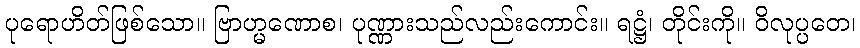
ပုရောဟိတ်ဖြစ်သော။ ဗြာဟ္မဏောစ၊ ပုဏ္ဏားသည်လည်းကောင်း။ ရဋ္ဌံ၊ တိုင်းကို။ ဝိလုပ္ပတေ၊